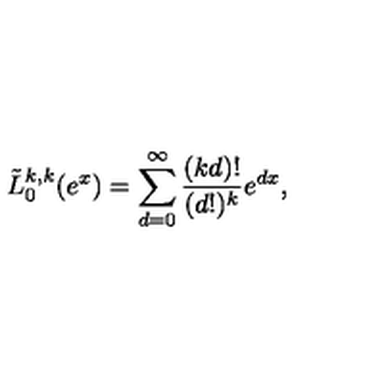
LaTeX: \tilde { L } _ { 0 } ^ { k , k } ( e ^ { x } ) = \sum _ { d = 0 } ^ { \infty } \frac { ( k d ) ! } { ( d ! ) ^ { k } } e ^ { d x } ,